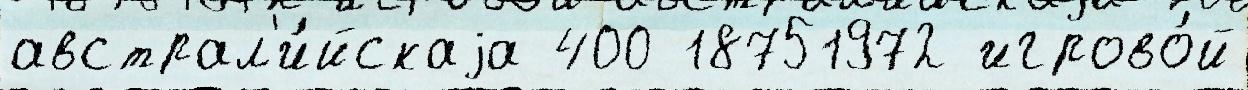
австрал'и́йскаjа 400 18751972 игрово́й